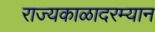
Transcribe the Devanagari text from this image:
राज्यकाळादरम्यान